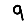
Digit: 9